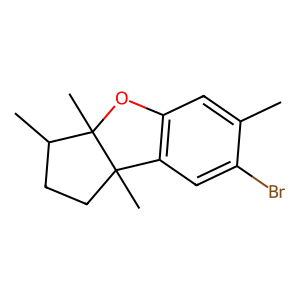
SMILES: Cc1cc2c(cc1Br)C1(C)CCC(C)C1(C)O2
Inhibits HIV replication: No